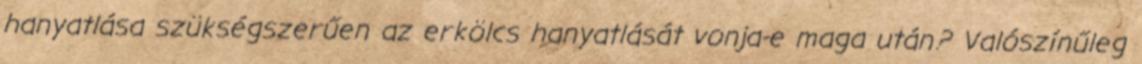
hanyatlása szükségszerűen az erkölcs hanyatlását vonja-e maga után? Valószínűleg